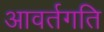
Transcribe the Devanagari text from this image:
आवर्तगति